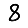
Digit: 8